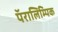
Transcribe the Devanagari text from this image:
पॅरालिम्पिक